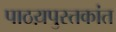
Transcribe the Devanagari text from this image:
पाठय़पुस्तकांत